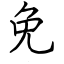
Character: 免